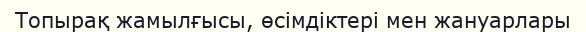
Топырақ жамылғысы, өсімдіктері мен жануарлары